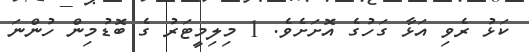
ކަޅު ރެވި އަޅާ ގަހުގެ އޮށަށެވެ. 1 މިލިމީޓަރު ގެ ބޮޑުމިން ހުންނަ